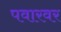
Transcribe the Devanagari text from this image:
पवारवर